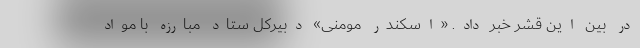
در بین این قشر خبر داد. «اسکندر مومنی» دبیرکل ستاد مبارزه با مواد